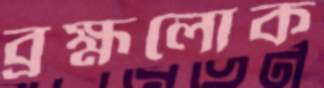
ব্রহ্মলোক